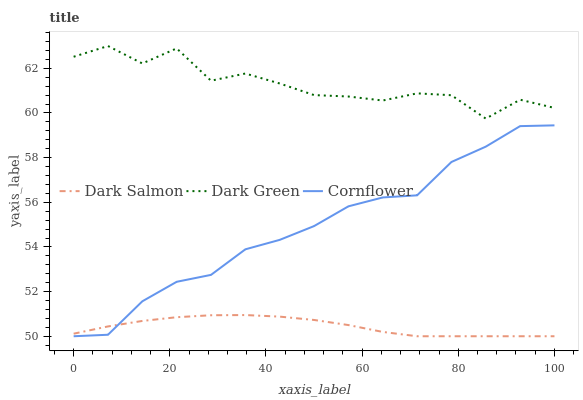
| xaxis_label | Dark Salmon | Dark Green | Cornflower |
 | --- | --- | --- | --- |
 | 0 | 50.1 | 62.5 | 50 |
 | 7.14 | 50.4 | 63 | 50.1 |
 | 14.3 | 50.7 | 62.2 | 51.6 |
 | 21.4 | 50.9 | 62.9 | 52.4 |
 | 28.6 | 50.9 | 61.4 | 52.7 |
 | 35.7 | 50.9 | 61.8 | 53.9 |
 | 42.9 | 50.9 | 61.3 | 54.3 |
 | 50 | 50.7 | 60.8 | 54.9 |
 | 57.1 | 50.5 | 60.7 | 55.8 |
 | 64.3 | 50.2 | 60.6 | 56.2 |
 | 71.4 | 50 | 60.9 | 56.3 |
 | 78.6 | 50 | 60.8 | 57.8 |
 | 85.7 | 50 | 59.7 | 58.5 |
 | 92.9 | 50 | 60.6 | 59.4 |
 | 100 | 50 | 60.2 | 59.4 |